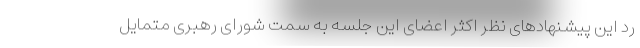
رد این پیشنهاد‌های نظر اکثر اعضای این جلسه به سمت شورای رهبری متمایل